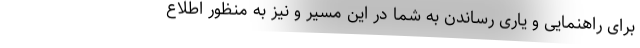
برای راهنمایی و یاری رساندن به شما در این مسیر و نیز به منظور اطلاع